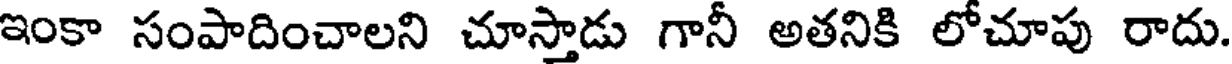
ఇంకా సంపాదించాలని చూస్తాడు గానీ అతనికి లోచూపు రాదు.